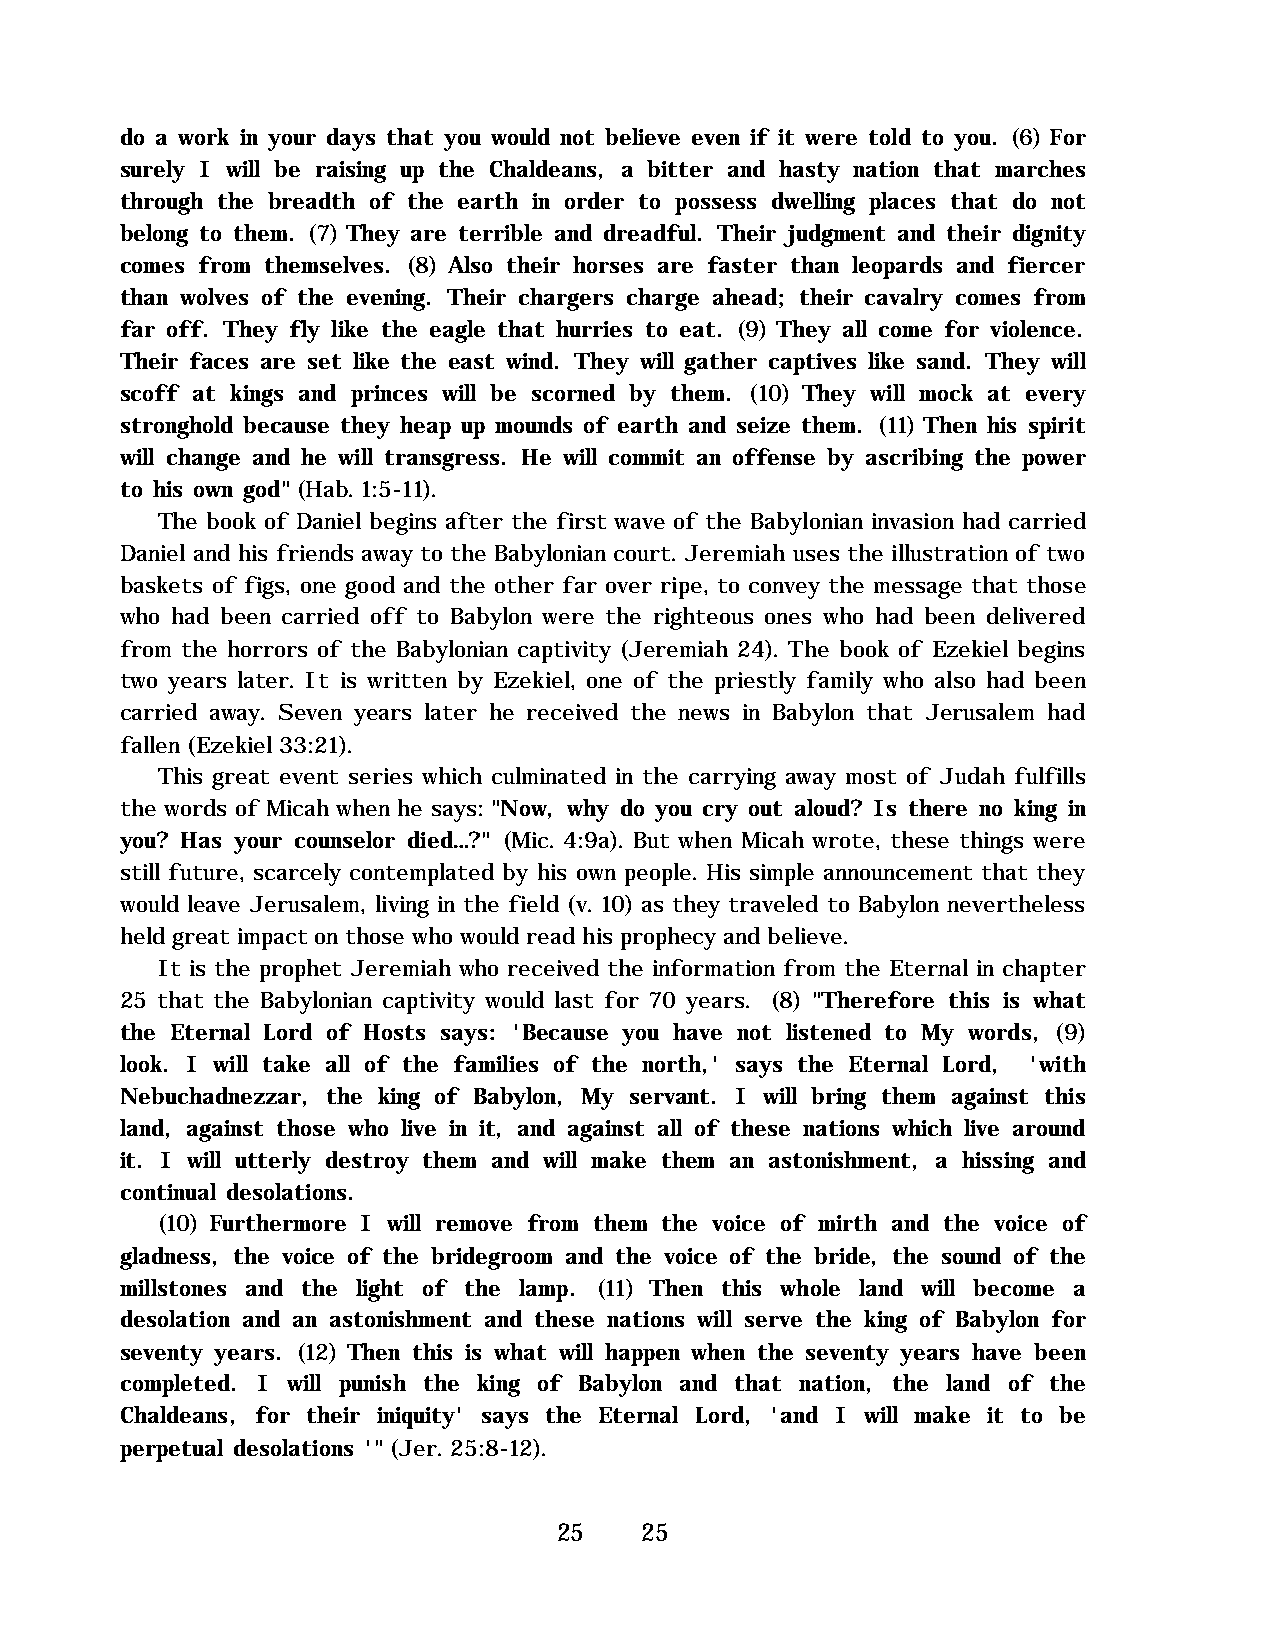
do a work in your days that you would not believe even if it were told to you. (6) For
 surely I will be raising up the Chaldeans, a bitter and hasty nation that marches
 through the breadth of the earth in order to possess dwelling places that do not
 belong to them. (7) They are terrible and dreadful. Their judgment and their dignity
 comes from themselves. (8) Also their horses are faster than leopards and fiercer
 than wolves of the evening. Their chargers charge ahead; their cavalry comes from
 far off. They fly like the eagle that hurries to eat. (9) They all come for violence.
 Their faces are set like the east wind. They will gather captives like sand. They will
 scoff at kings and princes will be scorned by them. (10) They will mock at every
 stronghold because they heap up mounds of earth and seize them. (11) Then his spirit
 will change and he will transgress. He will commit an offense by ascribing the power
 to his own god" (Hab. 1:5-11).
 The book of Daniel begins after the first wave of the Babylonian invasion had carried
 Daniel and his friends away to the Babylonian court. Jeremiah uses the illustration of two
 baskets of figs, one good and the other far over ripe, to convey the message that those
 who had been carried off to Babylon were the righteous ones who had been delivered
 from the horrors of the Babylonian captivity (Jeremiah 24). The book of Ezekiel begins
 two years later. It is written by Ezekiel, one of the priestly family who also had been
 carried away. Seven years later he received the news in Babylon that Jerusalem had
 fallen (Ezekiel 33:21).
 This great event series which culminated in the carrying away most of Judah fulfills
 the words of Micah when he says: "Now, why do you cry out aloud? Is there no king in
 you? Has your counselor died…?" (Mic. 4:9a). But when Micah wrote, these things were
 still future, scarcely contemplated by his own people. His simple announcement that they
 would leave Jerusalem, living in the field (v. 10) as they traveled to Babylon nevertheless
 held great impact on those who would read his prophecy and believe.
 It is the prophet Jeremiah who received the information from the Eternal in chapter
 25 that the Babylonian captivity would last for 70 years. (8) "Therefore this is what
 the Eternal Lord of Hosts says: 'Because you have not listened to My words, (9)
 look. I will take all of the families of the north,' says the Eternal Lord, 'with
 Nebuchadnezzar, the king of Babylon, My servant. I will bring them against this
 land, against those who live in it, and against all of these nations which live around
 it. I will utterly destroy them and will make them an astonishment, a hissing and
 continual desolations.
 (10) Furthermore I will remove from them the voice of mirth and the voice of
 gladness, the voice of the bridegroom and the voice of the bride, the sound of the
 millstones and the light of the lamp. (11) Then this whole land will become a
 desolation and an astonishment and these nations will serve the king of Babylon for
 seventy years. (12) Then this is what will happen when the seventy years have been
 completed. I will punish the king of Babylon and that nation, the land of the
 Chaldeans, for their iniquity' says the Eternal Lord, 'and I will make it to be
 perpetual desolations '" (Jer. 25:8-12).
 25   25